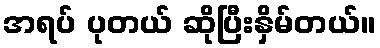
အရပ် ပုတယ် ဆိုပြီးနှိမ်တယ်။